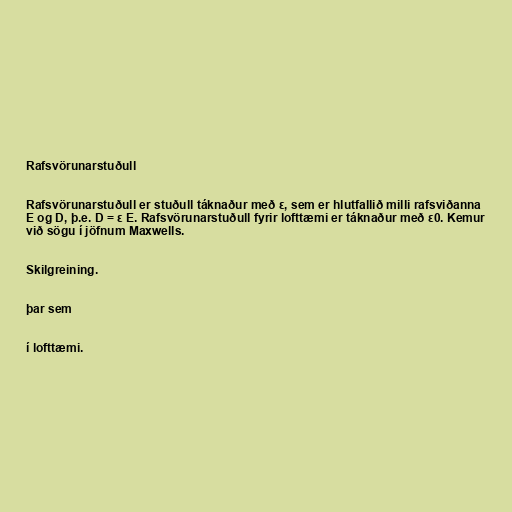
Rafsvörunarstuðull

Rafsvörunarstuðull er stuðull táknaður með ε, sem er hlutfallið milli rafsviðanna
E og D, þ.e. D = ε E. Rafsvörunarstuðull fyrir lofttæmi er táknaður með ε0. Kemur
við sögu í jöfnum Maxwells.

Skilgreining.

þar sem

í lofttæmi.